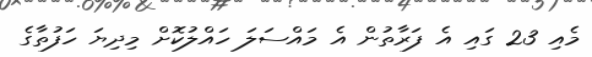
މެއި 23 ގައި އެ ފަރާތުން އެ މައްސަލަ ހައްލުކޮށް މިދިޔަ ހަފުތާގެ